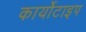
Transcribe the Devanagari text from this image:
कार्योटाइप